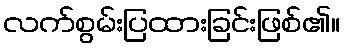
လက်စွမ်းပြထားခြင်းဖြစ်၏။